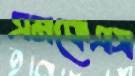
এমকেএস